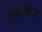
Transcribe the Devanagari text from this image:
फ़ैमिलिया